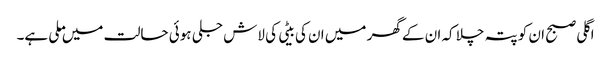
اگلی صبح ان کو پتہ چلا کہ ان کے گھر میں ان کی بیٹی کی لاش جلی ہوئی حالت میں ملی ہے۔